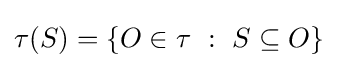
\tau (S)=\{O\in \tau ~:~S\subseteq O\}